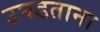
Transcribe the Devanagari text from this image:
उघडताना